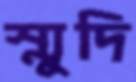
স্মুদি